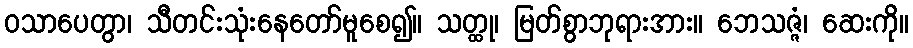
ဝသာပေတွာ၊ သီတင်းသုံးနေတော်မူစေ၍။ သတ္ထု၊ မြတ်စွာဘုရားအား။ ဘေသဇ္ဇံ၊ ဆေးကို။